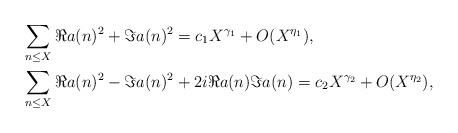
LaTeX: \begin{align*} & \sum_{n \leq X} \Re a(n)^2 + \Im a(n)^2 = c_{1} X^{\gamma_{1}} + O(X^{\eta_{1}}), \\ & \sum_{n \leq X} \Re a(n)^2 - \Im a(n)^2 + 2i\Re a(n)\Im a(n) = c_{2} X^{\gamma_{2}} + O(X^{\eta_{2}}), \end{align*}